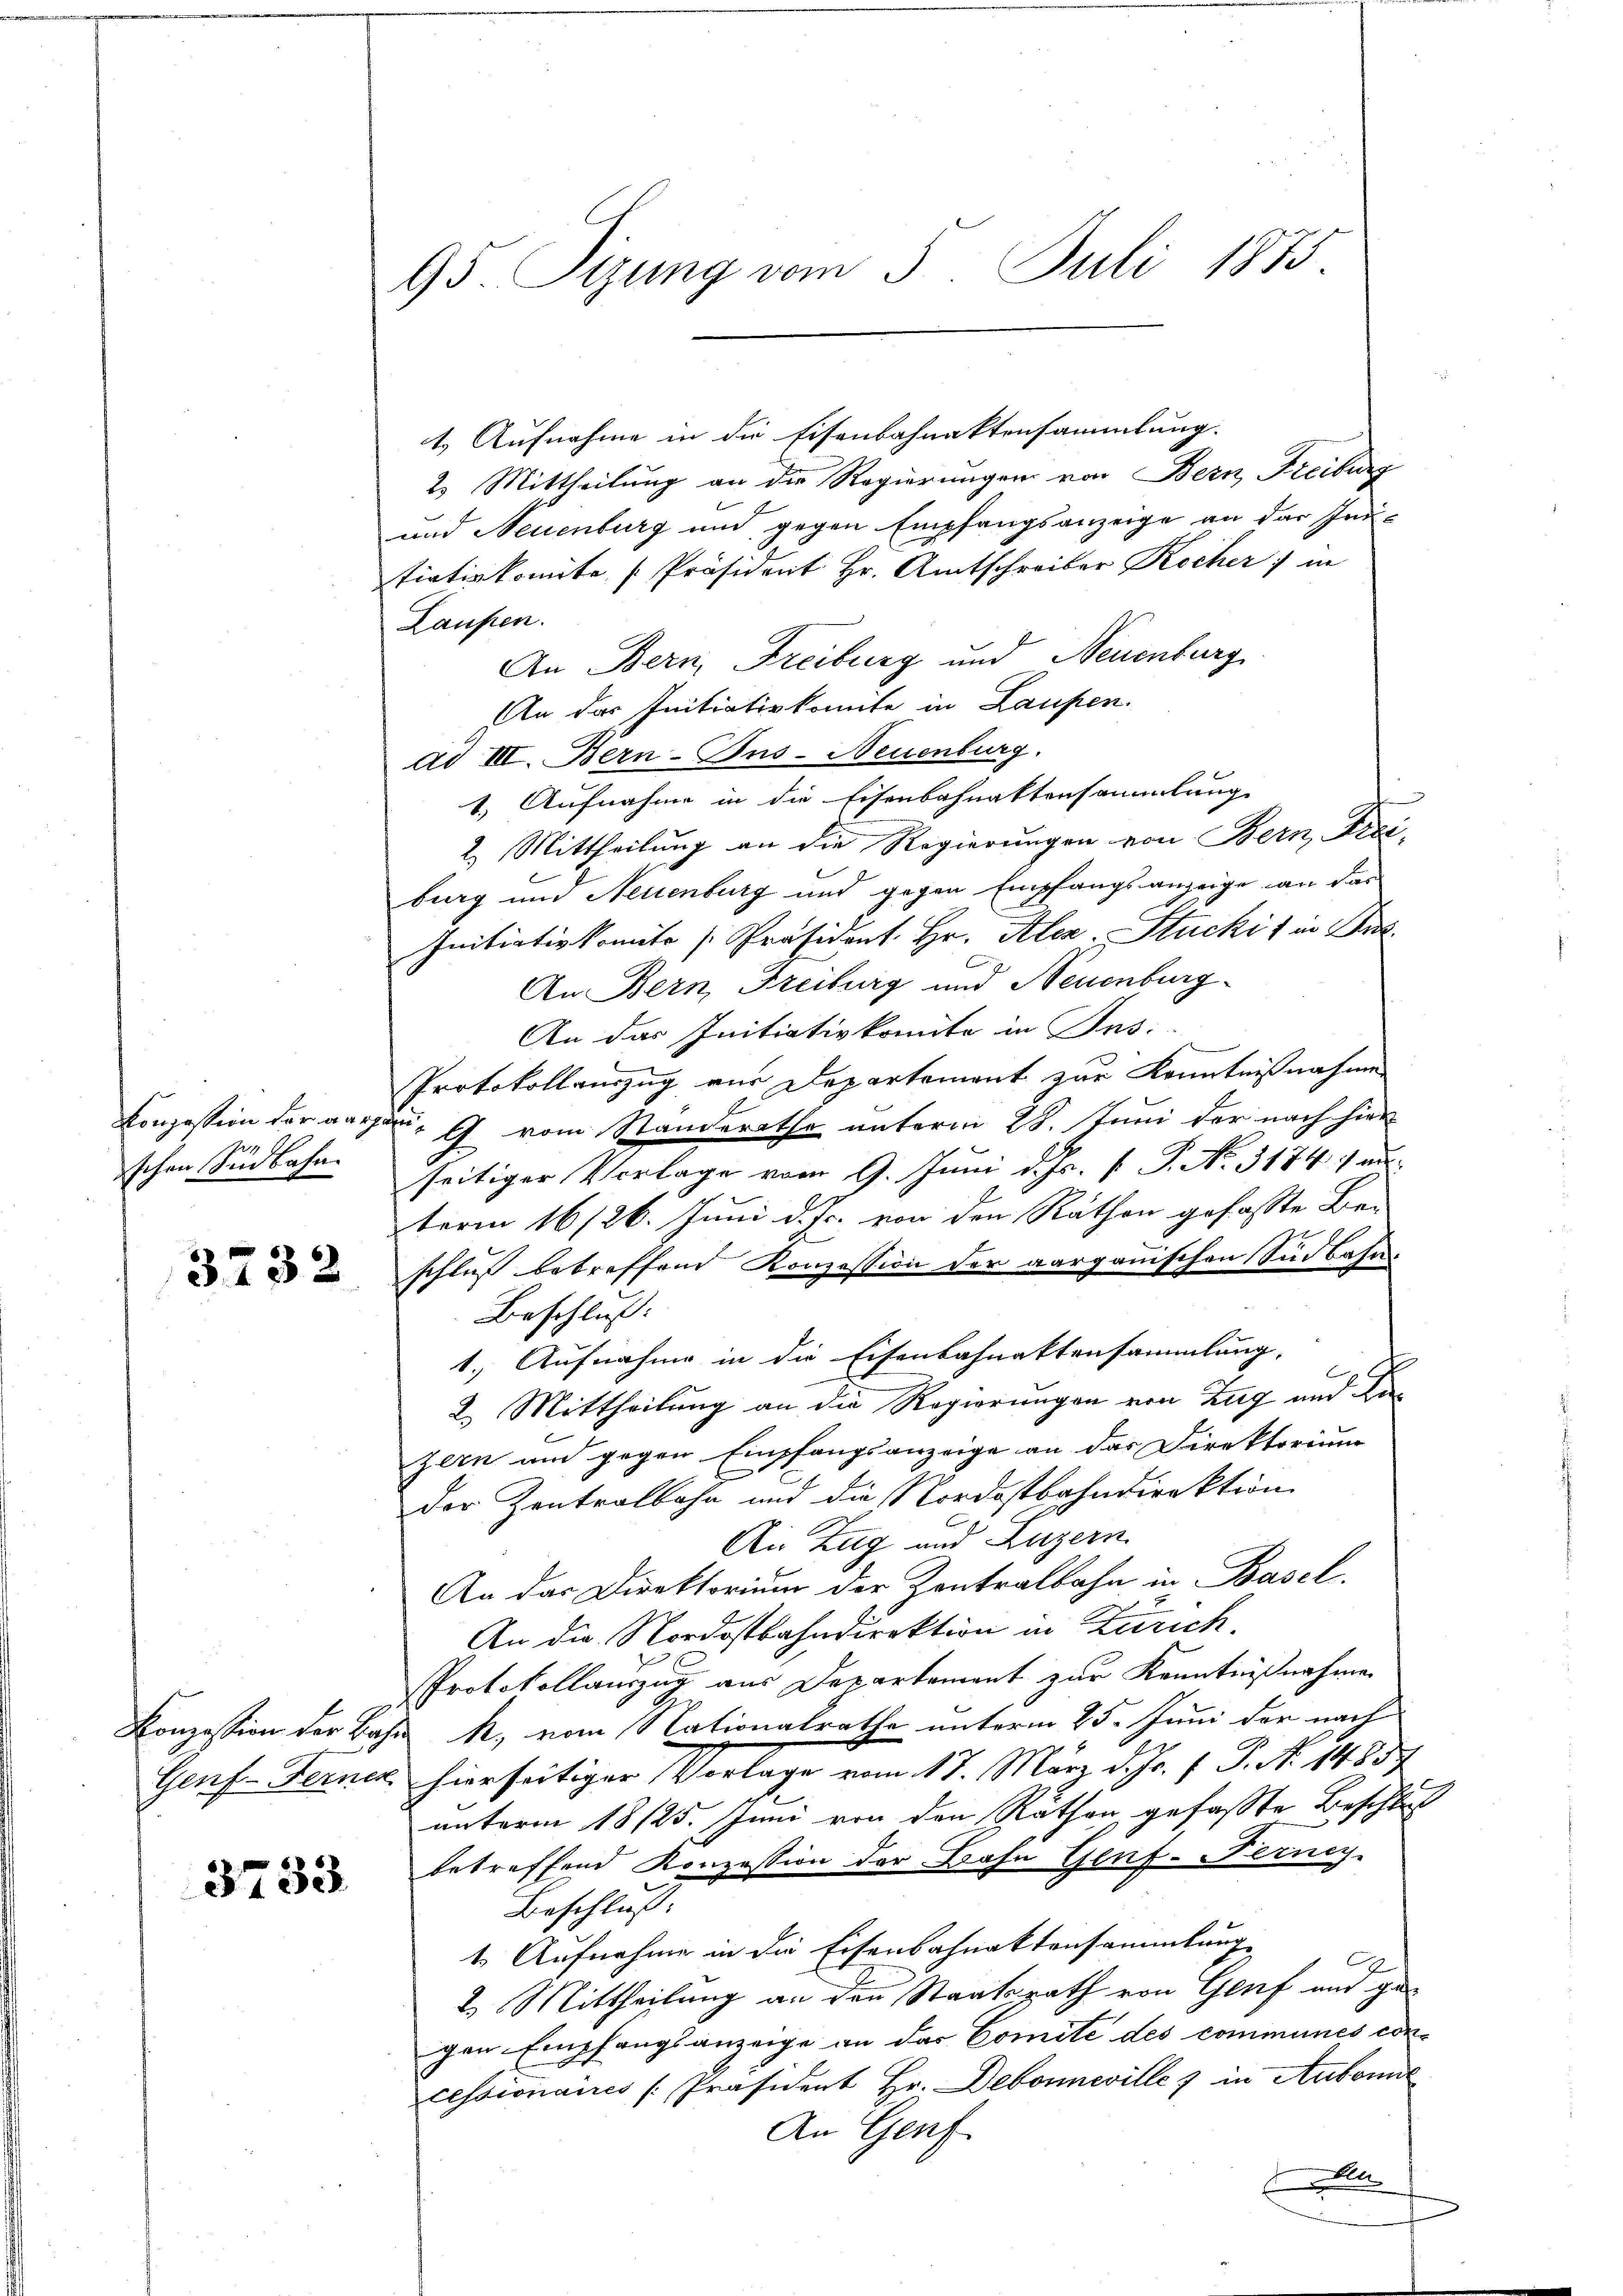
24 f
schen Sinbahn

3732

3733

95. Sizung vom 5. Juli 1875

1.) Aufnahme in die Eisenbahnaktensammlung.
2. Mittheilung an die Regierungen von Bern, Freiburg
und Neuenburg und gegen Empfangsanzeige an das Inntiativkomite [Präsident Hr. Amtschreiber Kocher) in
Laufen.
An Bern, Freiburg und Neuenburg
An der Initiativkomite in Laufen.
ad III. Bern-Bus-Neuenburg.
1. Aufnahme in die Eisenbahnattensammlung
2. Mittheilung an die Regierungen von Bern, Freiburg und Neuenburg und gegen Empfangsanzeige an das
Initiativkomite [Präsident. Hr. Aler Stucki in Bez
An Bern, Freiburg und Neuenburg
An das Initiativkomite in Fes:
Protokollauszug vor Departement zur Kenntnißnahme
Konzession der aargau, G. vom Standerathe unterm 28. Juni der nach hier
seitiger Vorlage vom 9. Juni d. Js. [ P. No. 3184) anterm 16/26. Juni d. Js. von den Räthen gefasste Be-
schluss betreffend Konzession der aargauischen Sindbahn-
Beschluss:
1.) Aufnahme in die Eisenbahnaktensammlung,
2. Mittheilung an die Regierungen von Zug und Dizern an gegen Empfangsanzeige an das Direktorium
der Zentralbahn und die Nordostbahndirektion
An Zug und Luzern
An das Direktorium der Kontralbahn in Basel.
An die Nordostbahndirektion in Zürich.
PProtokollauszug aus Departement zur Kenntnißnahme
Konzession der Bahn R. vom Nationalrathe unterm 25. Juni der nach
Genf-Ferner hierseitiger Vorlage vom 17. März d. Js. f. P. N. 1485
unterm 18/25. Juni von den Räthen, gefaßte Beschluß
betreffend Konzession der Bahn Genf-Ferney-
Beschluß:
1. Aufnahme in die Eisenbahnaktensammlung
.
2. Mittheilung an den Staatsrath von Genf und gegen Empfangsanzeige an das Comite des communes concessionaires [Präsident Hr. Debonneville 7 in Aubonne
An Genf
A